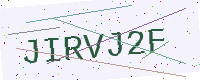
Text: JIRVJ2F